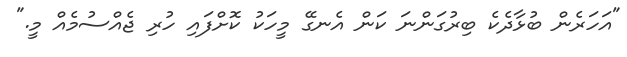
"އަހަރެން ބުޅާދެކެ ބިރުގަންނަ ކަން އެނގޭ މީހަކު ކޮށްފައި ހުރި ޖެއްސުމެއް މީ."